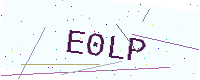
Text: E0LP